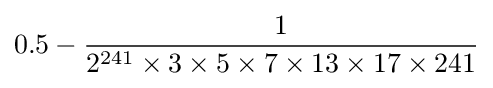
0.5-{\frac {1}{2^{241}\times 3\times 5\times 7\times 13\times 17\times 241}}